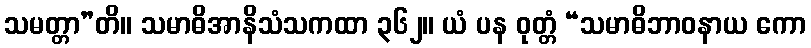
သမတ္တာ”တိ။ သမာဓိအာနိသံသကထာ ၃၆၂။ ယံ ပန ဝုတ္တံ “သမာဓိဘာဝနာယ ကော